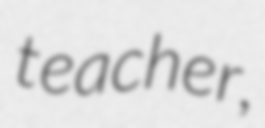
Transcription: teacher,